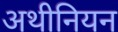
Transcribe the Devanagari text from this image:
अथीनियन